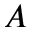
A